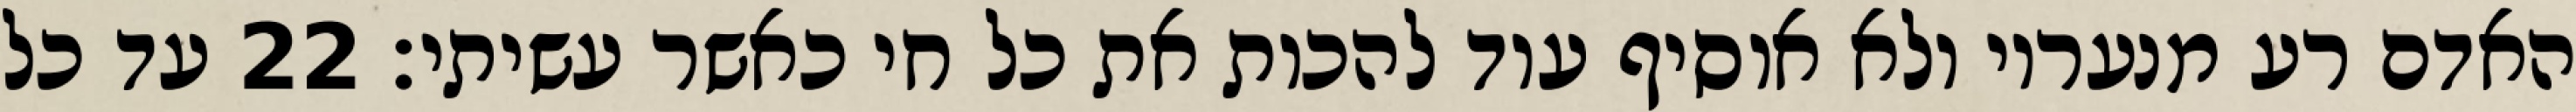
האדם רע מנעריו ולא אוסיף עוד להכות את כל חי כאשר עשיתי׃ ‎22‏ עד כל